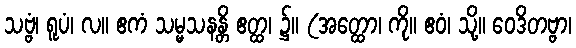
သဗ္ဗံ၊ ရူပံ၊ လ။ ဧကံ သမ္မသနန္တိ ဧတ္ထ၊ ၌။ (အတ္ထော၊ ကို။ ဧဝံ၊ သို့။ ဝေဒိတဗ္ဗာ၊